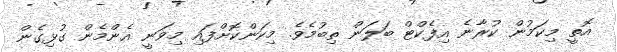
އޮތީ މިކަމުން ކުރާނެ އިފެކްޓް ބަލަން ތިބުމެވެ. މިކަންކޮށްފައި މިވަނީ އެންމެން ގުޅިގެން